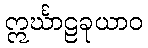
ဣင်္ဃာဠခုယာဝ